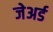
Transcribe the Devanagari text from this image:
जेअर्ड